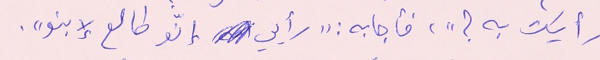
رأيك به ؟"، فأجابه : "رأيي إنّو طالع لإبنو".